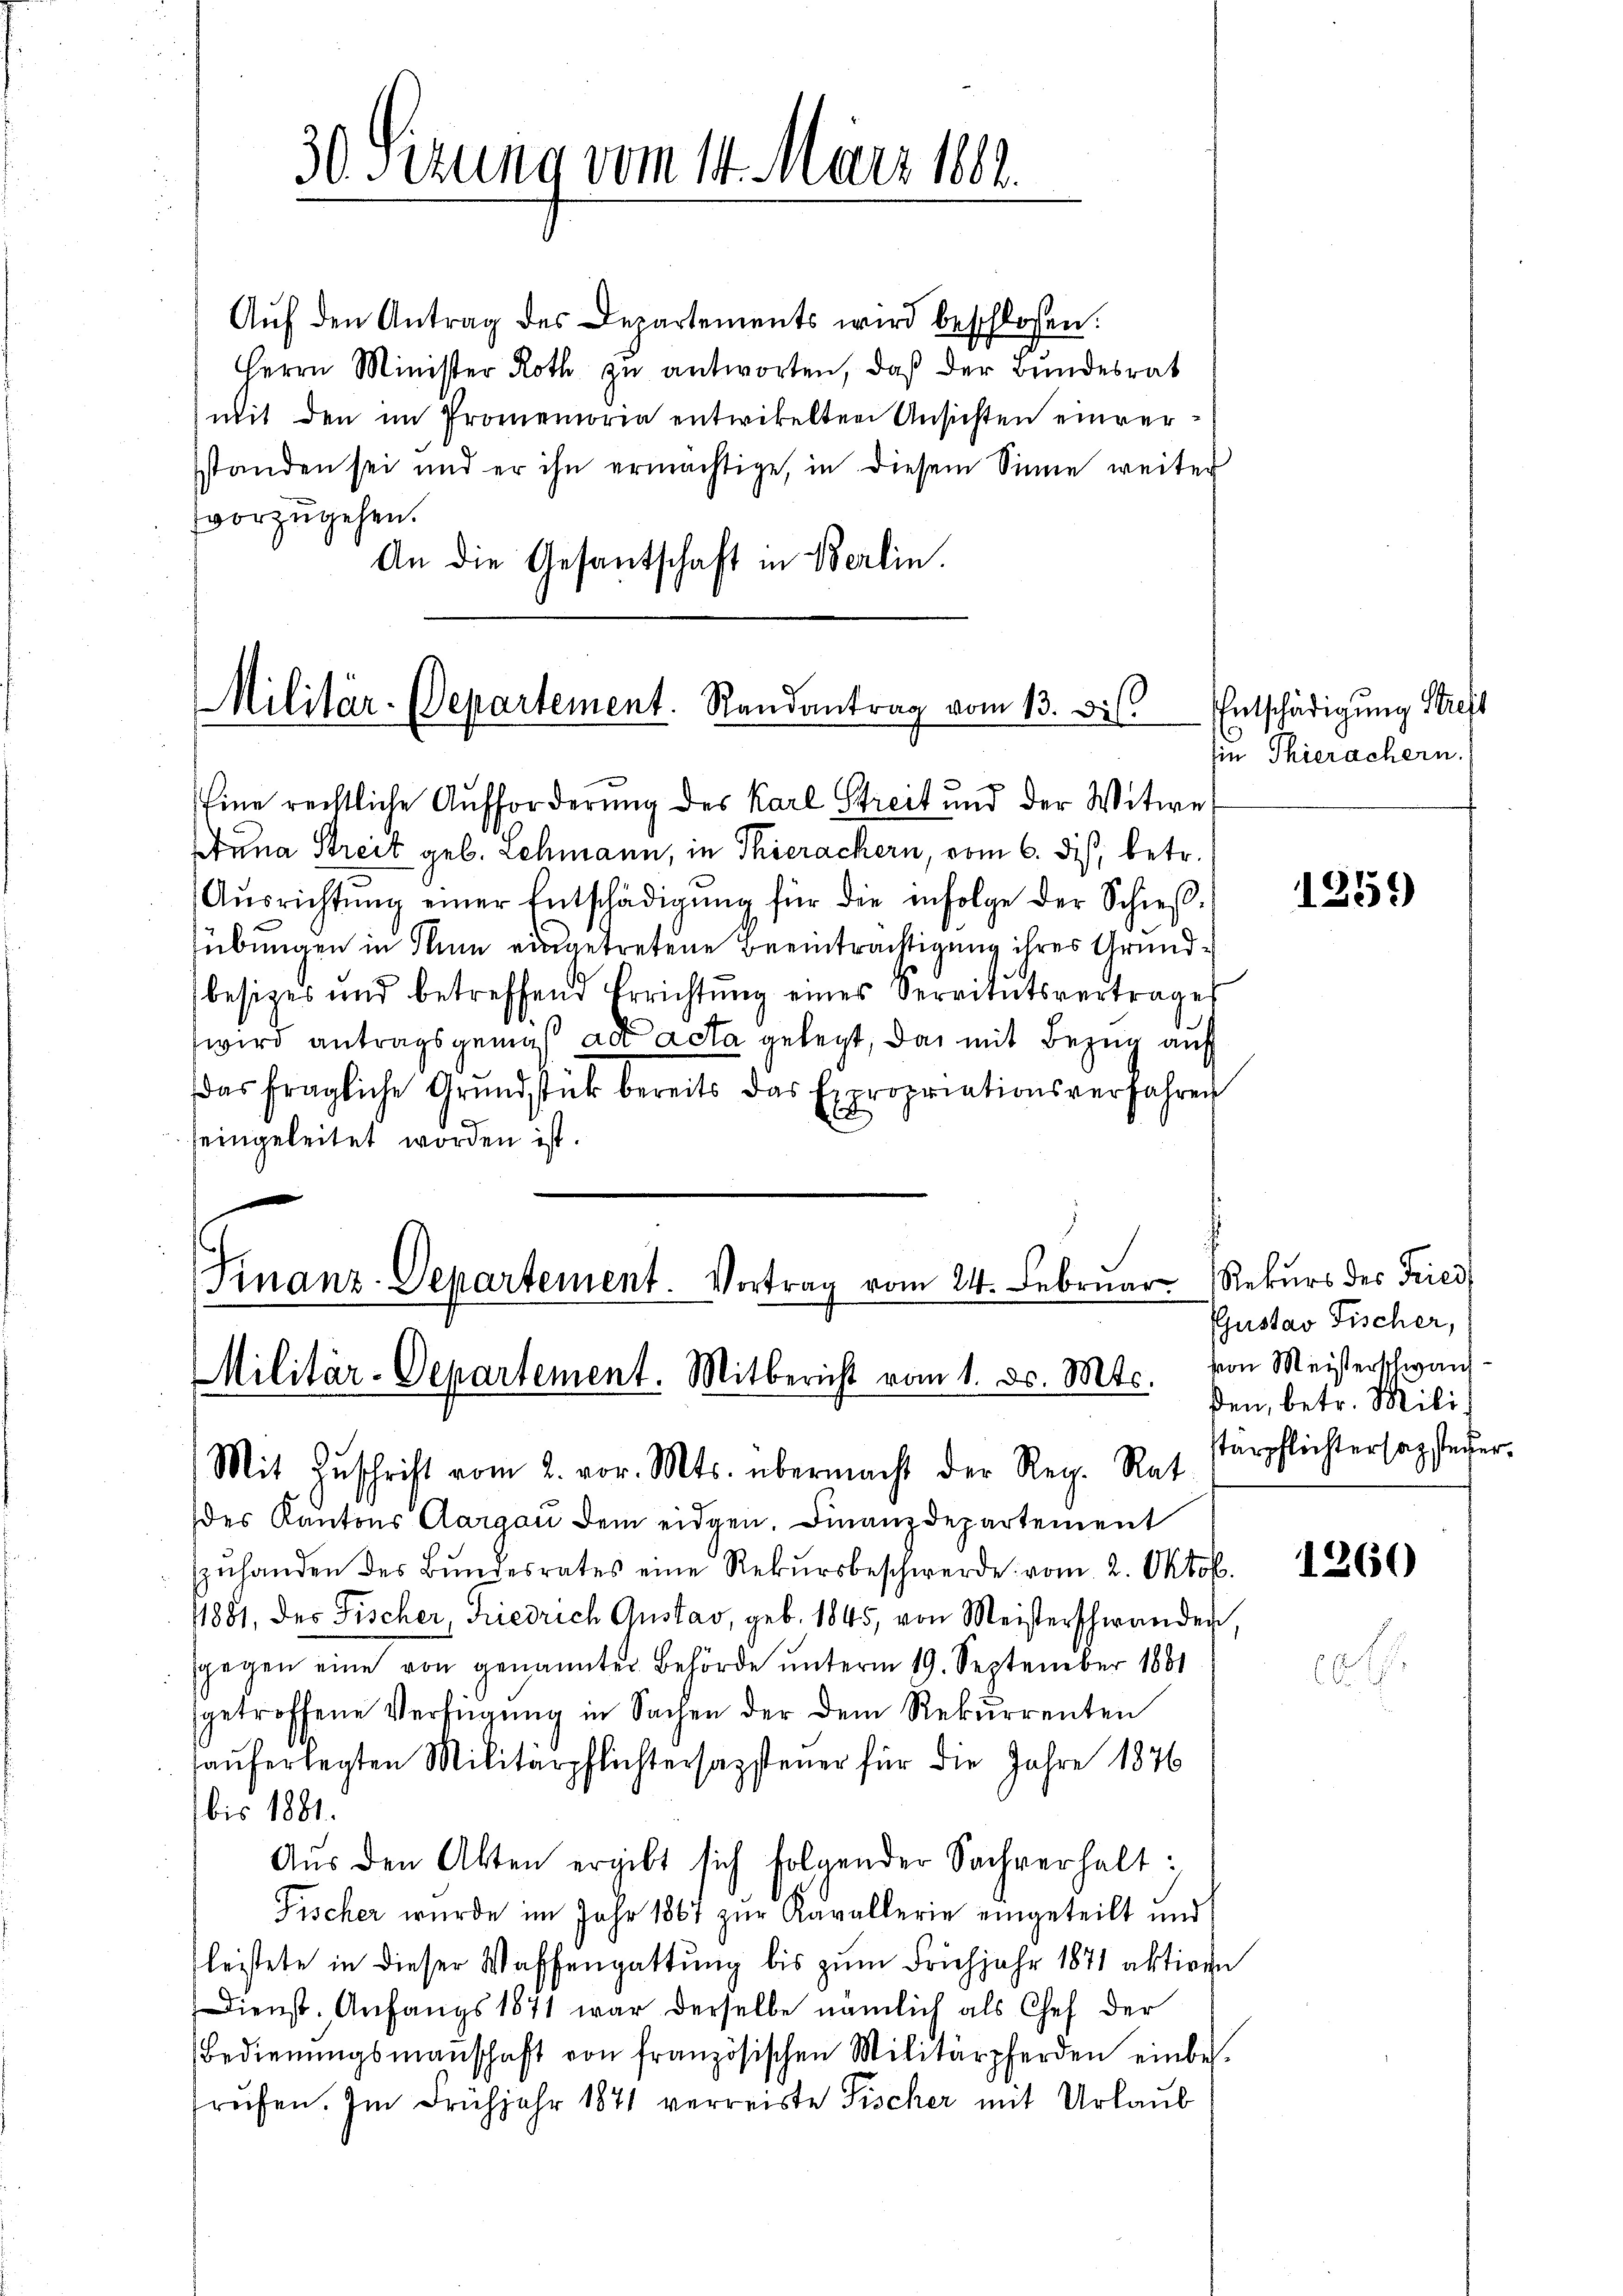
30 Sizung vom 14. März 1882.

Aŭf den Antrag des Departements wird beschlossen:
Herrn Minister Roth zŭ antworten, daß der Bundesrat
mit den im Promemoria entwickelten Ansichten einversstanden sei und er ihn ermächtige, in diesem Sinne weiter
vorzugehen.
An die Gesantschaft in Berlin.

Militär-Departement. Randantrag vom 13. di
Eine rechtliche Aufforderung des Karl Streit und der Witwe

Militär-Departement. Mitbericht vom 1. d. Mts. von Meisterschwan
Mit Zuschrift vom 2. vor. Mts. übermacht der Reg. Rat

Anna Streit geb. Lehmann, in Thierackern, vom 6. dis, betr.
Aŭsrichtŭng einer Entschädigŭng für die infolge der Schießsübungen in Thun eingetretene Beeinträchtigung ihres Grundbesizes und betreffend Errichtŭng eines Servitutsvertrages
wird antragsgemäß ad acta gelegt, das mit Bezug auf
das fragliche Grŭndstück bereits das Expropriationsverfahren
seingeleitet worden ist.
Finanz-Departement. Vortrag vom 24. Februar Rekurs des Fried

Entschädigung Stieft
sie Thierachern.

des Kantons Aargau dem eidgen. Finanzdepartement
zŭhanden des Bŭndesrates eine Rekŭrsbeschwerde vom 2. Oktob.
1881, des Fischer, Friedrich Gustav, geb. 1845, von Meisterschwanden,
sgegen eine von genannter Behörde unterm 19. September 1881
getroffene Verfügung in Sachen der dem Rekurrenten
hauferlegten Militärpflichtersagstener für die Jahre 1876
bis 1881.
Aŭs den Akten ergibt sich folgender Sachverhalt:
Fischer wurde im Jahr 1867 zur Kavallerie eingeteilt und
leistete in dieser Waffengattung bis zum Frühjahr 1871 aktiven
Dienst. Anfangs 1871 war derselbe nämlich als Chef der
Bedienŭngsmaṅschaft von französischen Militärpferden einbe-
frufen. Im Frühjahr 1871 verreiste Fischer mit Urlaub

1259)

Gjustav Fischer,
ßen, betr. Mili
stärpflichter sagsteuer

1260